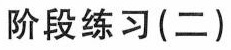
阶段练习(二)